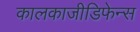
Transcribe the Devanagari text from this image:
कालकाजीडिफेन्स